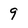
Character: 9